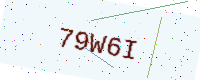
Text: 79W6I